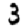
Digit: 3